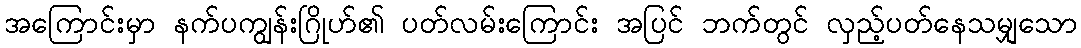
အကြောင်းမှာ နက်ပကျွန်းဂြိုဟ်၏ ပတ်လမ်းကြောင်း အပြင် ဘက်တွင် လှည့်ပတ်နေသမျှသော